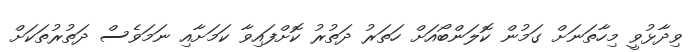
ވިދާޅުވީ މިހާތަނަށް ގަމުން ކޮލަންބޯއަށް ހަތަރު ދަތުރު ކޮށްފައިވާ ކަމަށާއި ނަމަވެސް ދަތުރުތަކަށް